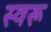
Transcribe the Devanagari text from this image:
स्वरू